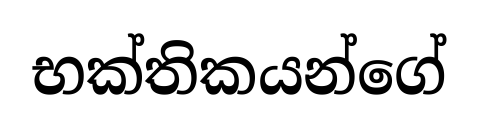
භක්තිකයන්ගේ